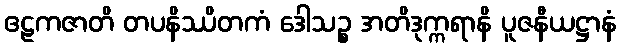
ဧဠကဇာတိ တပနိဿိတကံ ဒေါသဉ္စ အတိဒုက္ကရာနိ ပူဇနီယဋ္ဌာနံ